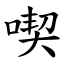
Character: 喫